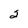
Character: 2